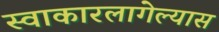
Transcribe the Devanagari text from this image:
स्वाकारलागेल्यास